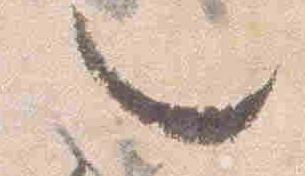
也